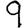
Digit: 9